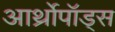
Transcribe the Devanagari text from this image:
आर्थ्रोपॉड्स